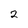
Character: 2